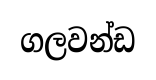
ගලවන්ඩ